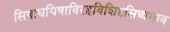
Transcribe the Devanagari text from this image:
सिषाधयिषाविरहविशिष्टसिद्ध्यभाव